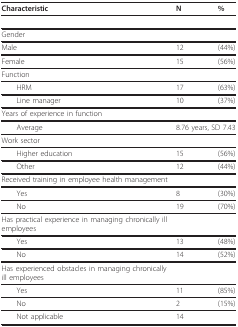
| Characteristic | N | % |
 | --- | --- | --- |
 | Gender |  |  |
 | Male | 12 | (44%) |
 | Female | 15 | (56%) |
 | Function |  |  |
 | HRM | 17 | (63%) |
 | Line manager | 10 | (37%) |
 | Years of experience in function |  |  |
 | Average | <COLSPAN=2> 8.76 years, SD 7.43 |
 | Work sector |  |  |
 | Higher education | 15 | (56%) |
 | Other | 12 | (44%) |
 | Received training in employee health management |  |  |
 | Yes | 8 | (30%) |
 | No | 19 | (70%) |
 | Has practical experience in managing chronically ill employees |  |  |
 | Yes | 13 | (48%) |
 | No | 14 | (52%) |
 | Has experienced obstacles in managing chronically ill employees |  |  |
 | Yes | 11 | (85%) |
 | No | 2 | (15%) |
 | Not applicable | 14 |  |